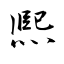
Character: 熈